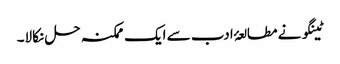
ٹینگو نے مطالعۂ ادب سے ایک ممکنہ حل نکالا۔